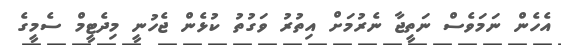
އެހެން ނަމަވެސް ނަތީޖާ ނެރުމަށް އިތުރު ވަގުތު ކުޅެން ޖެހުނީ މިދެޓީމް ސެމީގެ